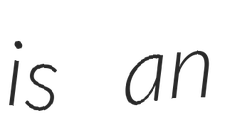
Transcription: is an